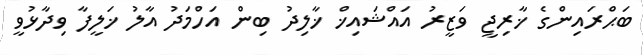
ބަޙްރައިންގެ ޚާރިޖީ ވަޒީރު އައްޝައިޚް ޚާލިދު ބިން އަހްމަދު އާލު ޚަލީފާ ވިދާޅުވީ